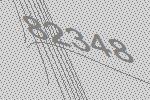
82348